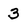
Character: 3